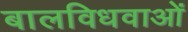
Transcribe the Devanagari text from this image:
बालविधवाओं